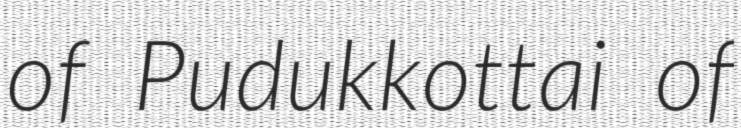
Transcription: of Pudukkottai of